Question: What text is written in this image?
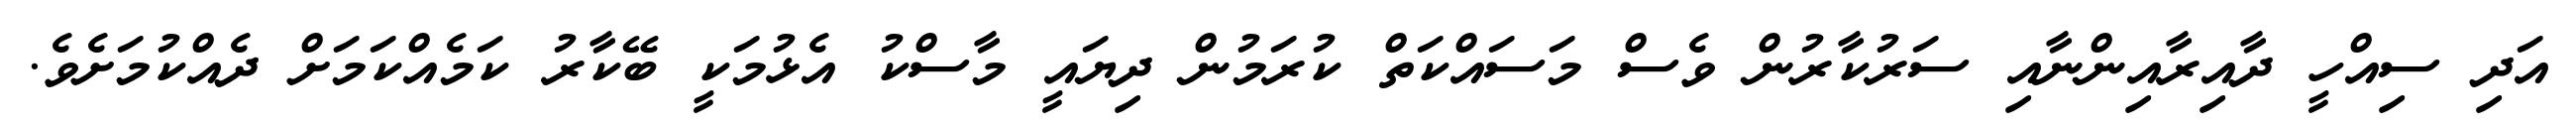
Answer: އަދި ސިއްހީ ދާއިރާއިންނާއި ސަރުކާރުން ވެސް މަސައްކަތް ކުރަމުން ދިޔައީ މާސްކު އެޅުމަކީ ބޭކާރު ކަމެއްކަމަށް ދެއްކުމަށެވެ.